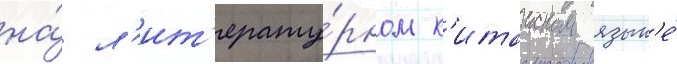
на́ л'ит'ерату́рном к'итаиском язык'е́